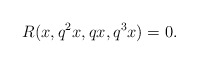
\begin{align*} R(x, q^{2}x, qx, q^{3}x)=0. \end{align*}